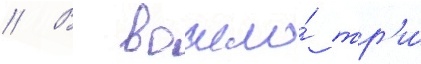
// В вошло́ тр'и́